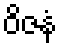
ဝိဇနံ